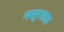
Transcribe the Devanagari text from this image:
मसूरडाळ